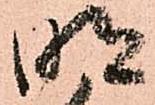
明